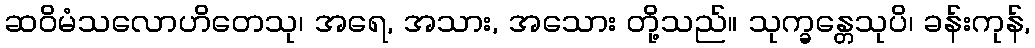
ဆဝိမံသလောဟိတေသု၊ အရေ, အသား, အသေား တို့သည်။ သုက္ခန္တေသုပိ၊ ခန်းကုန်,